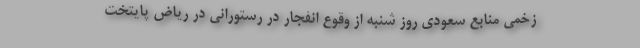
زخمی منابع سعودی روز شنبه از وقوع انفجار در رستورانی در ریاض پایتخت